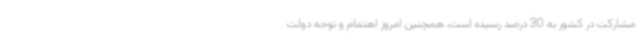
مشارکت در کشور به 30 درصد رسیده است، همچنین امروز اهتمام و توجه دولت